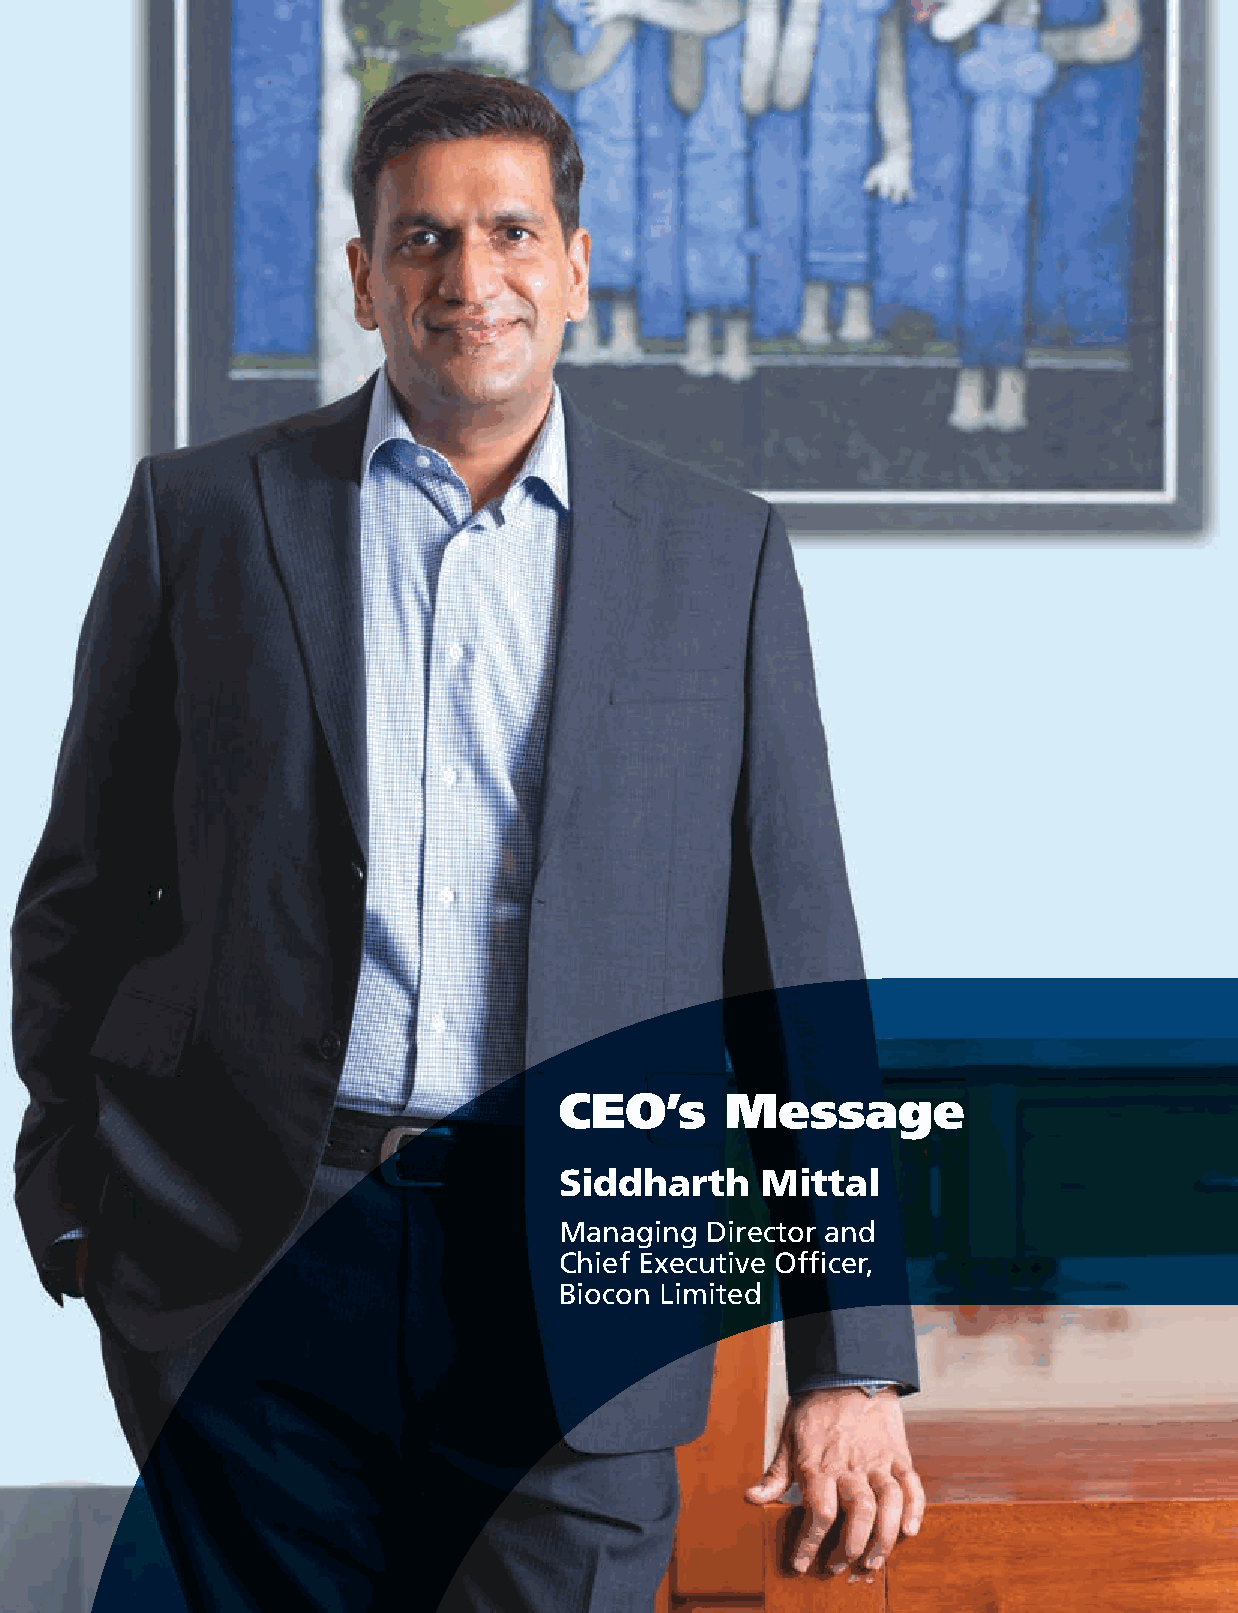
Biocon Limited
 CEO’s      Message
 Siddharth    Mittal
 Managing  Director and
 Chief Executive Officer,
 Biocon Limited
 ANNUAL REPORT 2021                                UNWAVERING PURPOSE 19